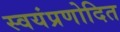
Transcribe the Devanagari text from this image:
स्वयंप्रणोदित